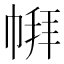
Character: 𪩹